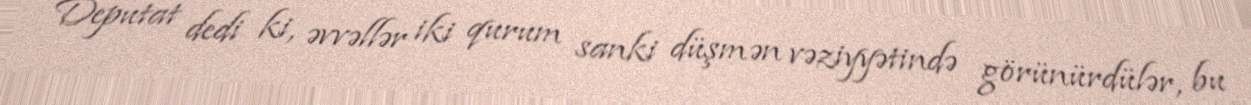
Deputat dedi ki, əvvəllər iki qurum sanki düşmən vəziyyətində görünürdülər, bu